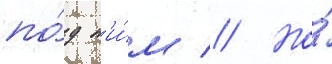
по́д н'и́м // Но́